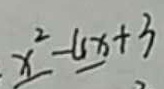
x ^ { 2 } - 4 x + 3